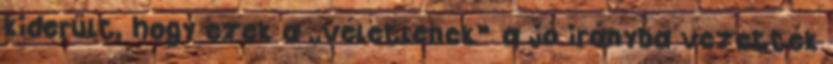
kiderült, hogy ezek a „véletlenek” a jó irányba vezették